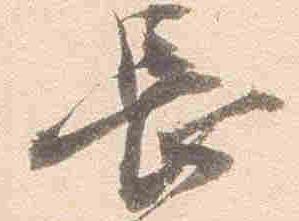
長